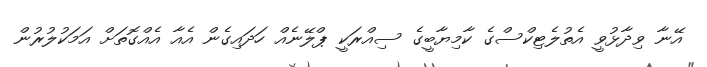
އޭނާ ވިދާޅުވީ އެތުލެޓިކްސްގެ ކާމިޔާބީގެ ސިއްރަކީ ޕްލޭނެއް ހަދައިގެން އެއާ އެއްގޮތަށް އަމަކުލުރުން